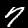
Digit: 7